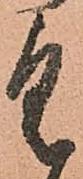
具